Vaccination in Bombay 1902-1912 - 1902-1912
Year: 1902
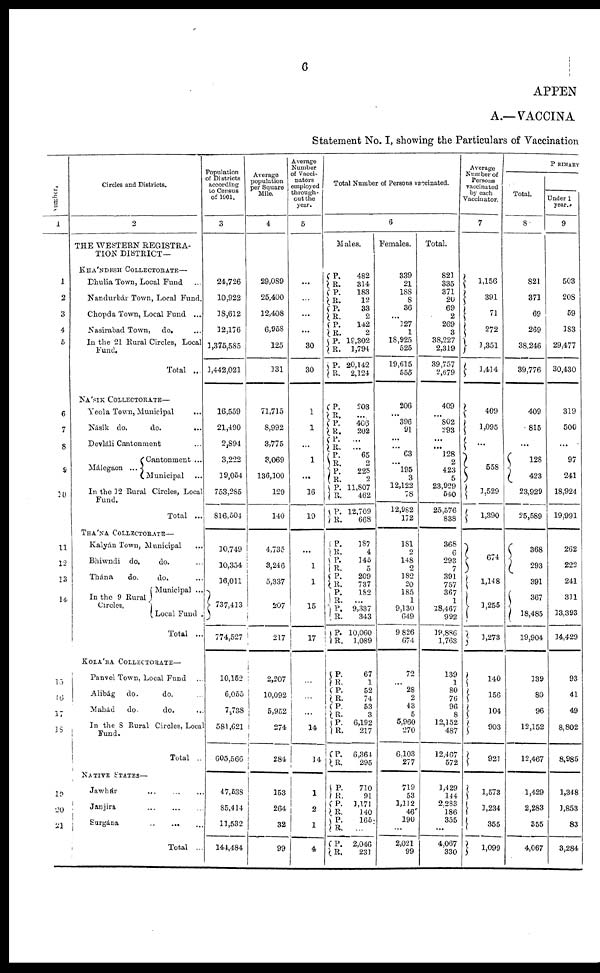
6
APPEN
A.— VACCINA
Statement No. I, showing the Particulars of Vaccination
Number.
1
1
2
3
4
5
6
7
8
9
10
11
12
13
14
15
16
17
18
19
20
21
Circles and Districts.
2
THE WESTERN REGISTRA-
TION DISTRICT—
KHÁNDESH COLLECTORATE—
Dhulia Town, Local Fund ...
Nandurbár Town, Local Fund.
Chopda Town, Local Fund ...
Nasirabad Town, do. ...
In the 21 Rural Circles, Local
Fund.
Total ...
NÁSIK COLLECTORATE—
Yeola Town, Municipal ...
Násik do.
do. ...
Devláli Cantonment ...
Málegaon ...
Cantonment ...
Municipal ...
In the 12 Rural Circles, Local
Fund.
Total ...
THÁNA COLLECTORATE—
Kalyán Town, Municipal ...
Bhiwndi do.
do. ...
Thána
do.
do. ...
In the 9 Rural
Circles.
Municipal ...
Local Fund .
Total ...
KOLÁBA COLLECTORATE—
Panvel Town, Local Fund ...
Alibág do.
do. ...
Mahád
do.
do. ...
In the 8 Rural Circles, Local
Fund.
Total ...
NATIVE STATES—
Jawhár ... ... ...
Janjira ... ... ...
Surgána
...
...
...
Total ...
Population
of Districts
according
to Census
of 1901.
3
24,726
10,922
18,612
12,176
1,375,585
1,442,021
16,559
21,490
2,894
3,222
19,054
753,285
816,504
10,749
10,354
16,011
737,413
774,527
10,152
6,055
7,738
581,621
605,566
47,538
85,414
11,532
144,484
Average
population
per Square
Mile.
4
29,089
25,400
12,408
6,958
125
131
71,715
8,992
3,775
3,069
136,100
129
140
4,735
3,246
5,337
207
217
2,207
10,092
5,952
274
284
153
264
32
99
Average
Number
of Vacci¬
nators
employed
through-
out the
year.
5
...
...
...
...
30
30
1
1
...
1
...
16
19
...
1
1
15
17
...
...
...
14
14
1
2
1
4
Total Number of Persons vaccinated.
6
Males.
P.
R.
P.
R.
P.
R.
P.
R.
P.
R.
P.
R.
482
314
183
12
33
2
142
2
19,302
1,794
20,142
2,124
P.
R.
P.
R. P.
R.
P.
R.
P.
R.
P.
R.
P.
R.
203
...
406
202
...
...
65
2
228
2
11,807
462
12,709
668
P.
R.
P.
R.
P.
R. P.
R.
P.
R.
P.
R.
187
4
145
5
209
737
182
...
9,337
343
10,060
1,089
P.
R.
P.
R.
P.
R.
P.
R.
P.
R.
67
1
52
74
53
3
6,192
217
6,364
295
P.
R.
P.
R.
P.
R.
P.
R.
710
91
1,171
140
165
...
2,046
231
Females.
339
21
188
8
36
...
127
1
18,925
525
19,615
555
206
... 396
91
...
...
63
...
195
3
12,122
78
12,982
172
181
2
148
2
182
20
185
1
9,130
649
9,826
674
72
...
28
2
43
5
5,960
270
6,103
277
719
53
1,112
46
190
...
2,021
99
Total.
821
335
371
20
69
2
269
3
38,227
2,319
39,757
2,679
409
... 802
293
...
...
128
2
423
5
23,929
540
25,576
838
368
6
293
7
391
757
367
1
18,467
992
19,886
1,763
139
1
80
76
96
8
12,152
487
12,467
572
1,429
144
2,283
186
355
...
4,067
330
Average
Number of
Persons
vaccinated
by each
Vaccinator.
7
1,156
391
71
272
1,351
1,414
409
1,095
...
558
1,529
1,390
674
1,148
1,255
1,273
140
156
104
903
921
1,573
1,234
355
1,099
PRIMARY
Total.
8
821
371
69
269
38,246
39,776
409
815
...
128
423
23,929
25,589
368
293
391
367
18,485
19,904
139
80
96
12,152
12,467
1,429
2,283
355
4,067
Under 1
year.
9
503
208
59
183
29,477
30,430
319
500
...
97
241
18,924
19,991
262
222
241
311
13,393
14,429
93
41
49
8,802
8,985
1,348
1,853
83
3,284